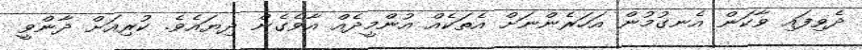
ދެވިފައި ވާކަން އެނގުމުން އަހަރެންނަށް އެތަކެއް އުންމީދެއް އާވެގެން ދިޔައެވެ. ކުރިއަށް ދާންވީ